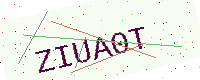
Text: ZIUA0T